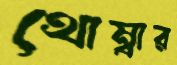
থোম্বার